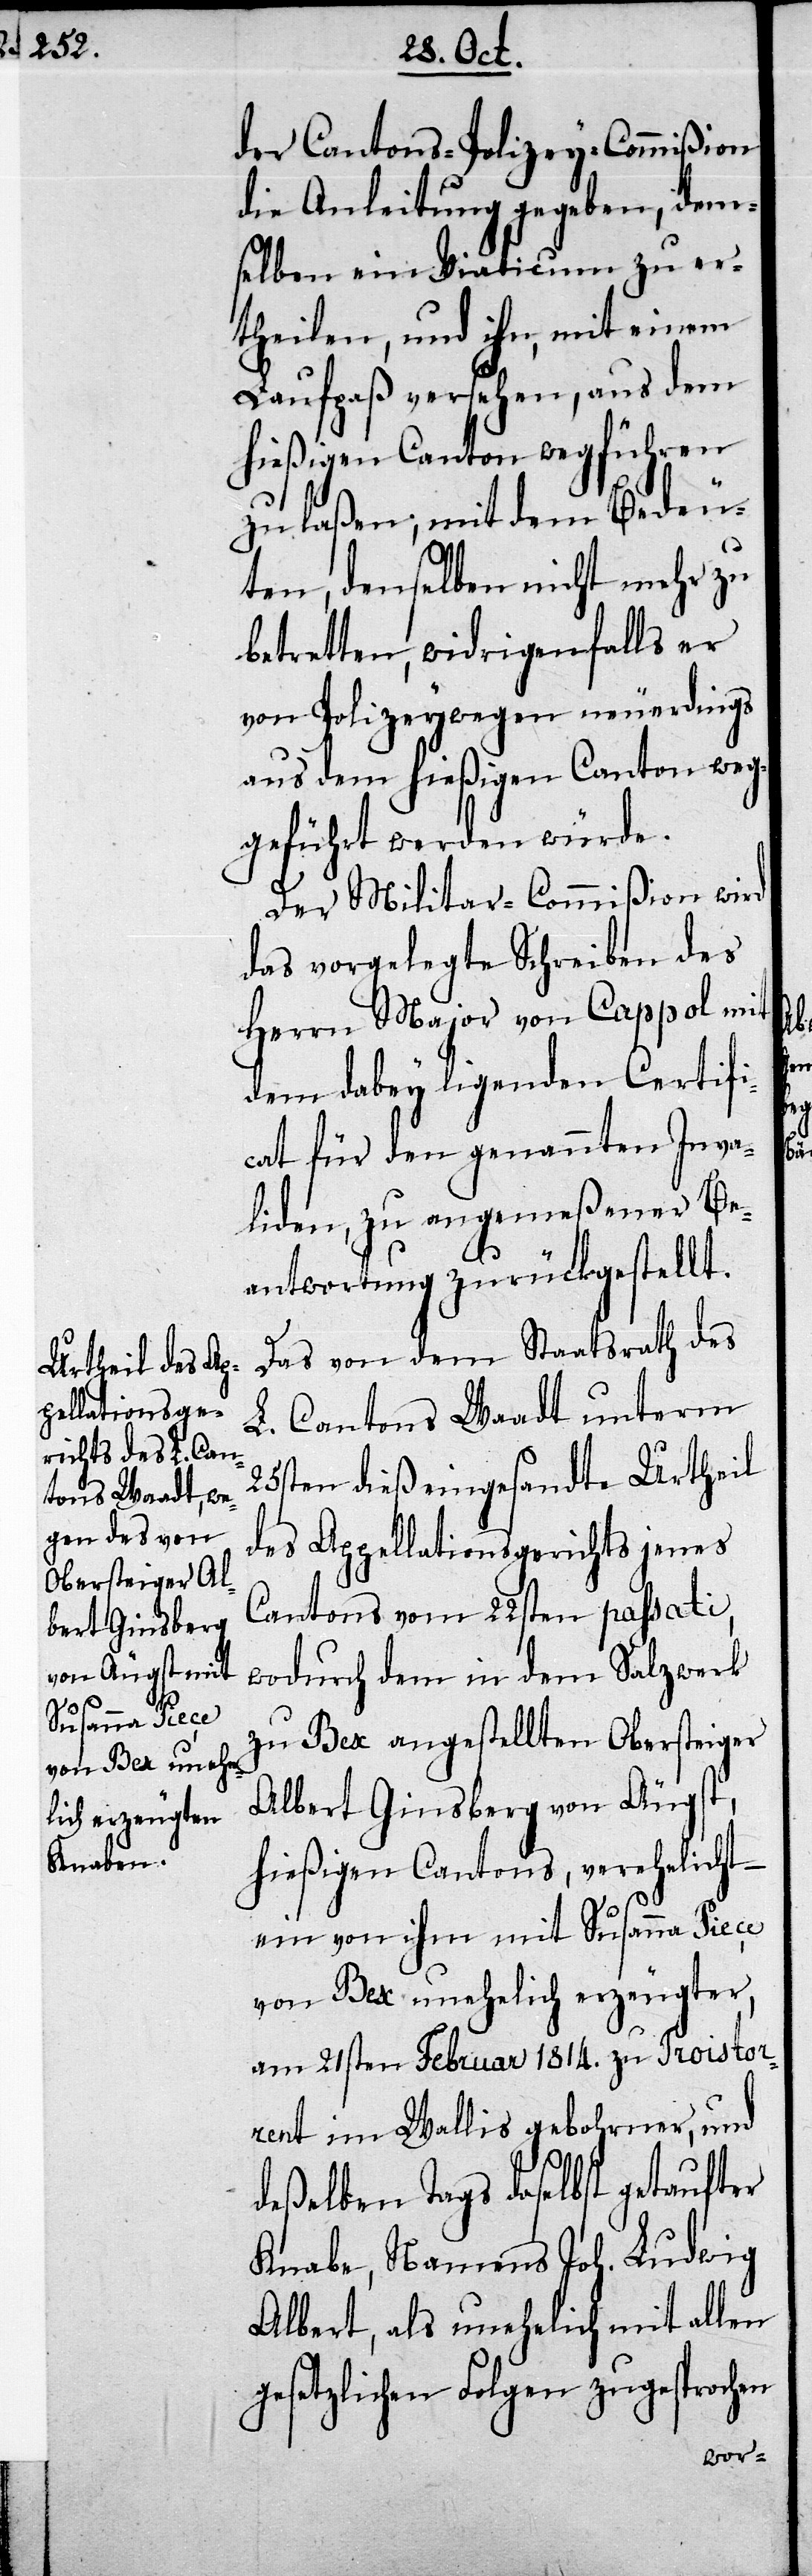
der Cantons-Polizey-Commißion
die Anleitung gegeben, dem¬
selben ein Viaticum zu er¬
theilen, und ihn, mit einem
Laufpaß versehen, aus dem
hießigen Canton wegführen
zu laßen, mit dem Bedeu¬
ten, denselben nicht mehr zu
betretten, widrigenfalls er
von Polizeywegen neuerdings
aus dem hießigen Canton weg¬
geführt werden würde.
Der Militar-Commißion wir
das vorgelegte Schreiben des
Herrn Major von Cappol mit
dem dabey liegenden Certifi¬
cat für den genannten Inva¬
liden, zu angemeßener Be¬
antwortung zurückgestellt.
Das von dem Staatsrath des
L. Cantons Waadt unterm
25sten dieß eingesandte Urtheil
des Appellationsgerichts jenes
Cantons vom 22sten passati,
wodurch dem in dem Salzwerk
zu Bex angestellten Obersteiger
Albert Ginsberg von Äugst,
hießigen Cantons, verehelicht –
ein von ihm mit Susanna Piece
von Bex unehelich erzeugter,
am 21sten Februar 1814. zu Troistor¬
rent im Wallis gebohrener, und
deßelben Tags daselbst getaufter
Knabe, Namens Joh. Ludwig
Albert, als unehelich mit allen
gesetzlichen Folgen zugesprochen